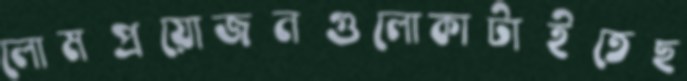
লোমপ্রয়োজনগুলোকাটাইতেছ